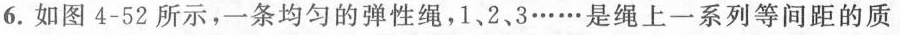
6.如图4-52所示，一条均匀的弹性绳，1、2、3……是绳上一系列等间距的质